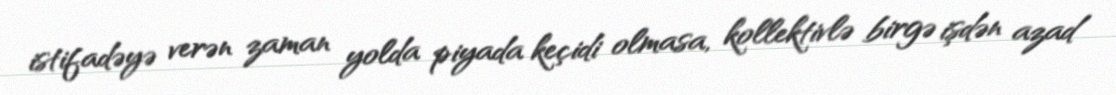
istifadəyə verən zaman yolda piyada keçidi olmasa, kollektivlə birgə işdən azad